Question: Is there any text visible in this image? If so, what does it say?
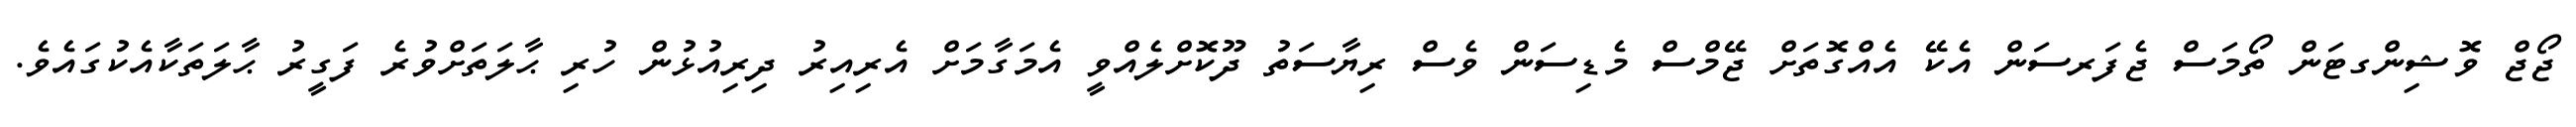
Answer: ޖޯޖް ވޮޝިންގޓަން ތޯމަސް ޖެފަރސަން އެކޭ އެއްގޮތަށް ޖޭމްސް މެޑިސަން ވެސް ރިޔާސަތު ދޫކޮށްލެއްވީ އެމަގާމަށް އެރިއިރު ދިރިއުޅުން ހުރި ޙާލަތަށްވުރެ ފަގީރު ޙާލަތަކާއެކުގައެވެ.